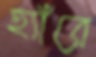
হ্যাঁরে